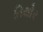
તિથોર